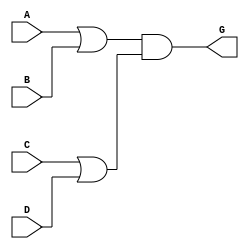
`timescale 1ns / 1ps

module TASK2_circuit(
    input A,
    input B,
    input C,
    input D,
    output G
    );

assign G = (A|B)&(C|D);
endmodule